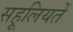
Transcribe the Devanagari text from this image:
सहूलियतें